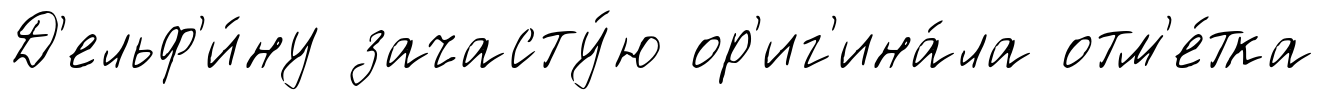
Д'ельф'и́ну зачасту́ю ор'иг'ина́ла отм'е́тка